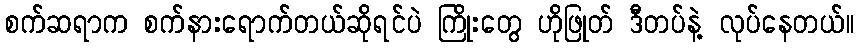
စက်ဆရာက စက်နားရောက်တယ်ဆိုရင်ပဲ ကြိုးတွေ ဟိုဖြုတ် ဒီတပ်နဲ့ လုပ်နေတယ်။